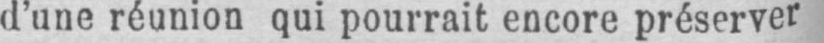
d’une réunion qui pourrait encore préserver